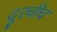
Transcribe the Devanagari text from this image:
दूरचीच